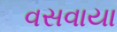
વસવાયા